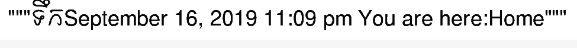
"""ទឹកSeptember 16, 2019 11:09 pm You are here:Home"""